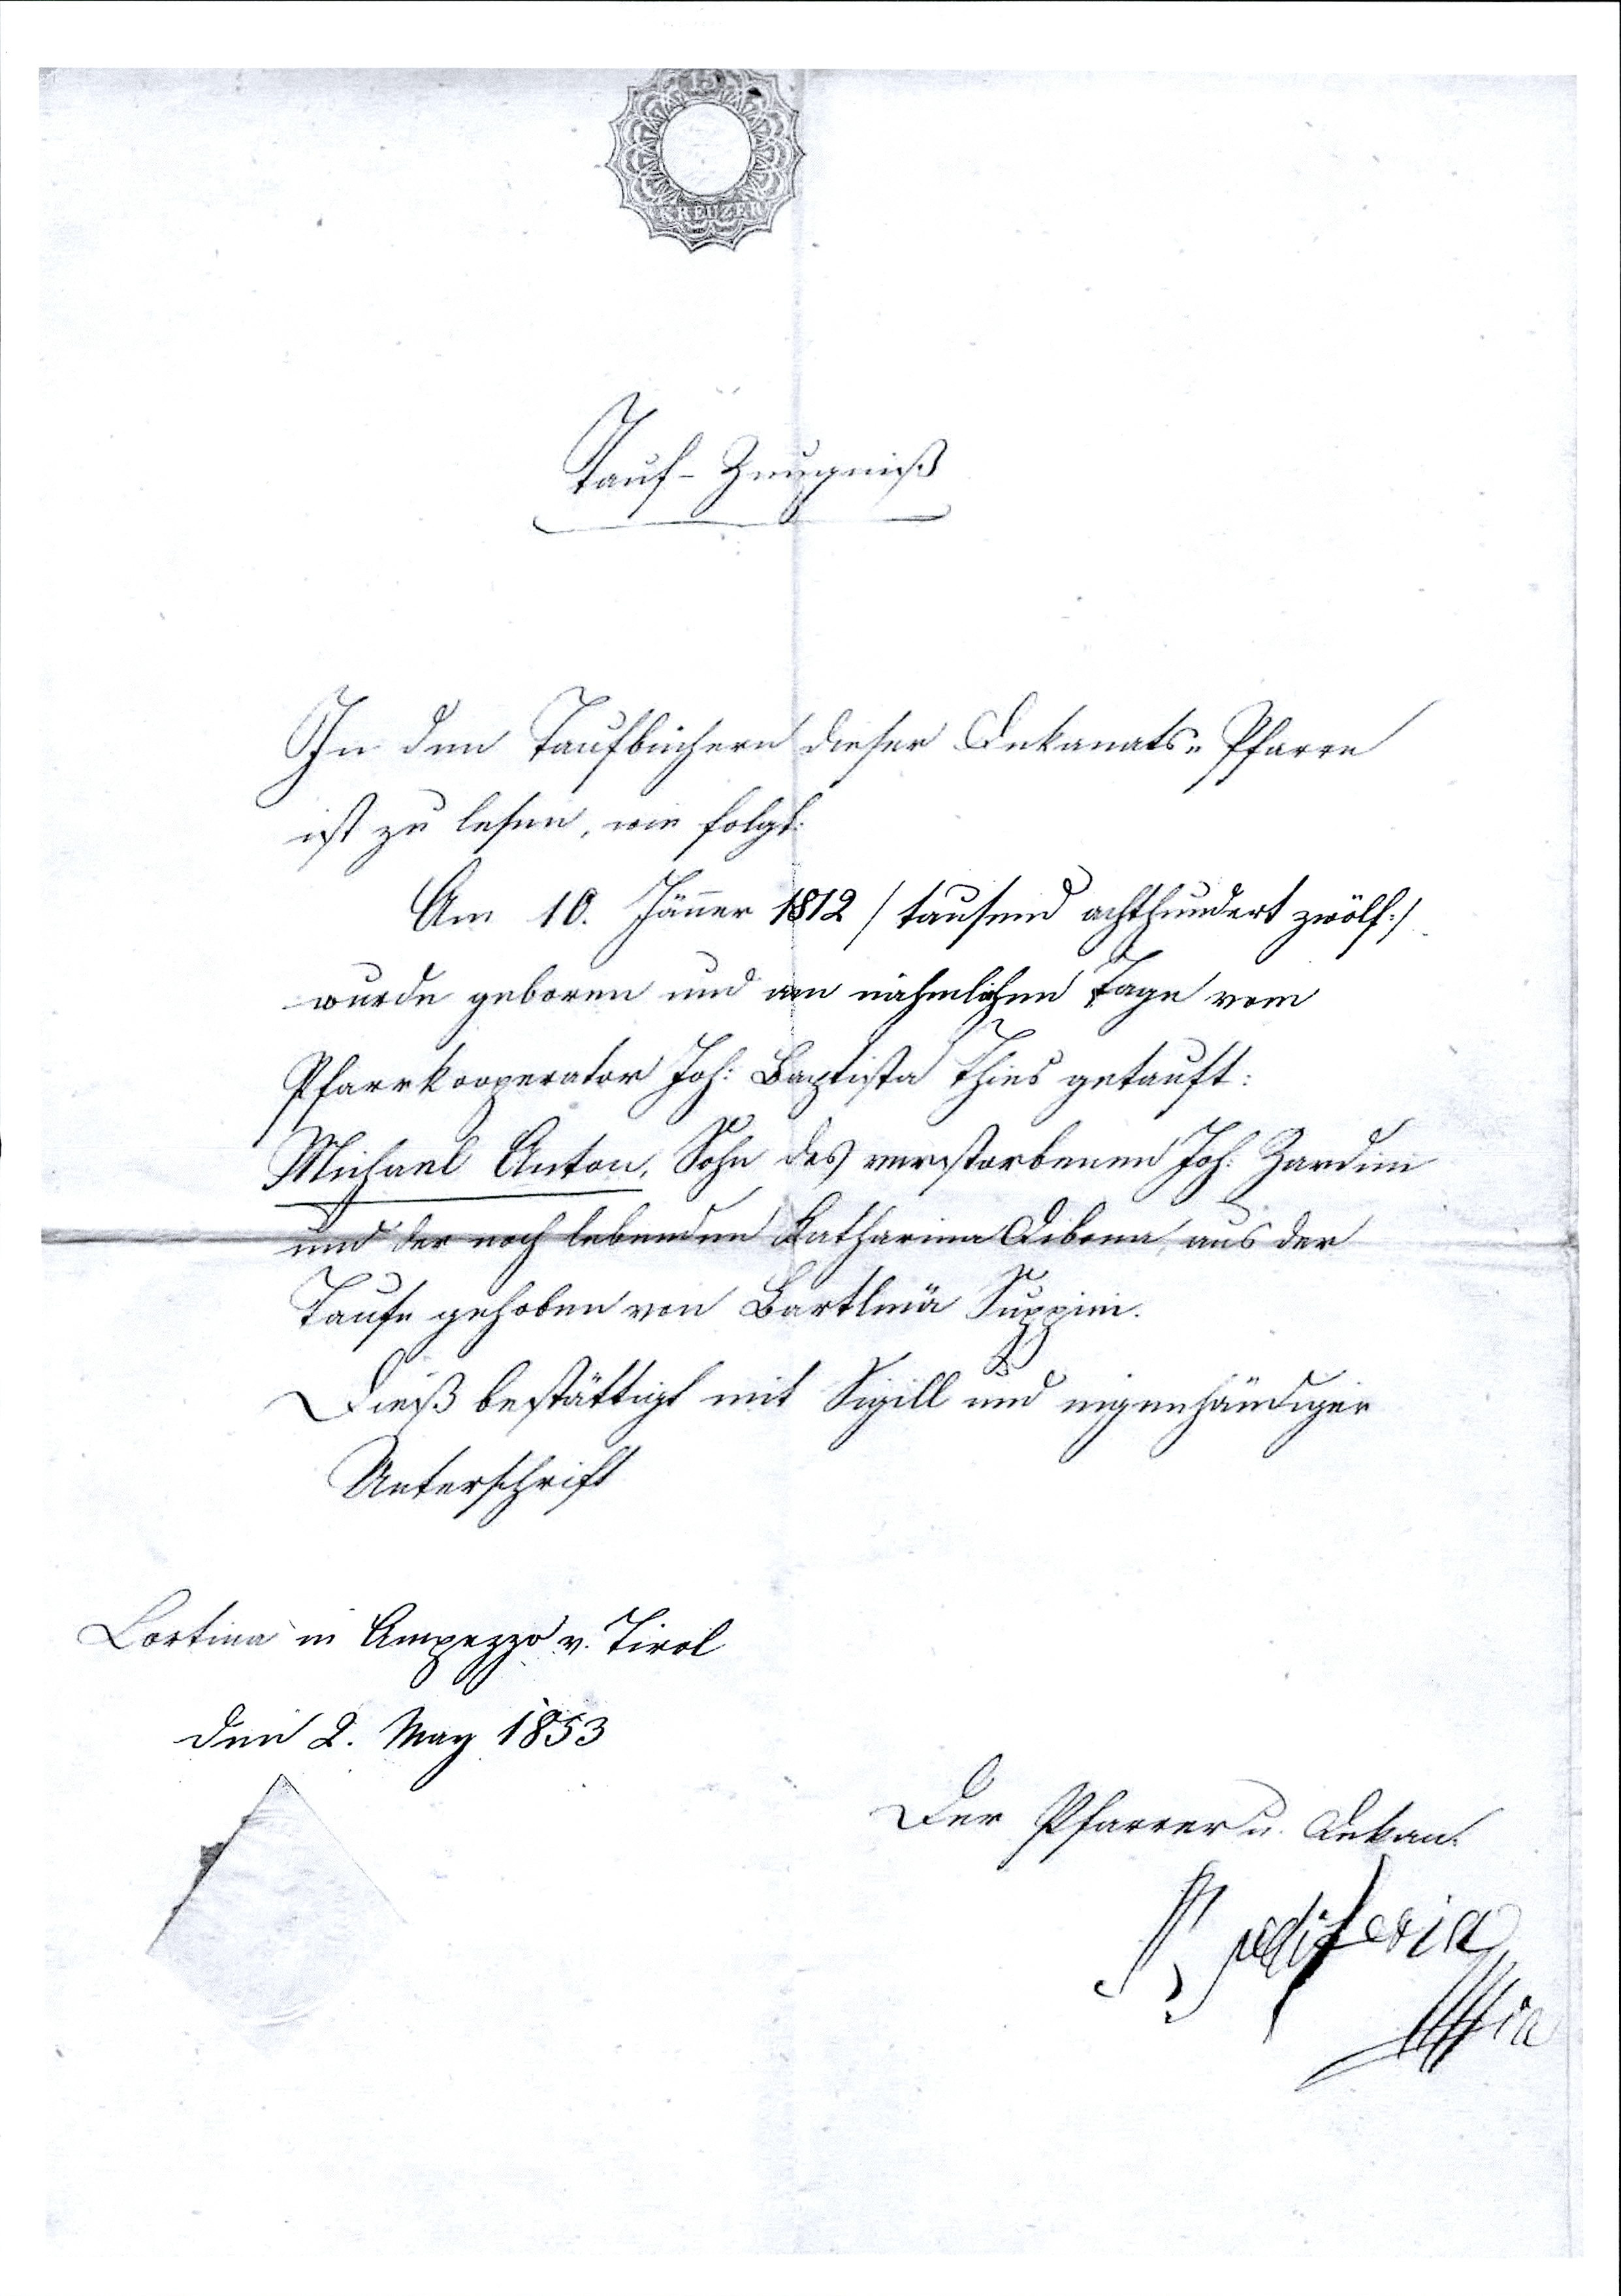
Tauf-Zeugniß
In den Taufbüchern dieser Dekanats-Pfarre
ist zu lesen, wie folgt.
Am 10. Jänner 1812 / tausend achthundert zwölf /
wurde geboren und am nähmlichen Tage vom
Pfarrkooperator Joh. Baptista Thies getauft:
Michael Anton, Sohn des verstorbenen Joh. Zardim
und der noch lebenden Katharina Dibona aus der
Taufe gehoben von Bartlmä Suppini
Dieß bestättigt mit Sigill und eigenhändiger
Unterschrift
Cortina in Ampezzo v. Tirol
den 2. May 1853
Der Pfarrer u. Dekan:
Rudiferia